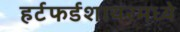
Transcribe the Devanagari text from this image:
हर्टफर्डशायरमध्ये